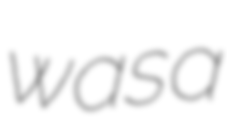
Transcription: was a